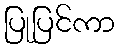
ပြုပြင်ကာ